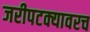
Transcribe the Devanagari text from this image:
जरीपटक्यावरच